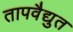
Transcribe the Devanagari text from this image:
तापवैद्युत